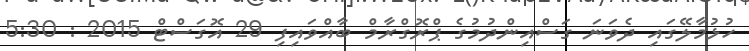
ހުޅުމާލޭގައި ދެވަނަ ގަސްއިންދުމުގެ ޕްރޮގްރާމް ބާއްވައިފި 29 އޮގަސްޓް 2015 : 5:30